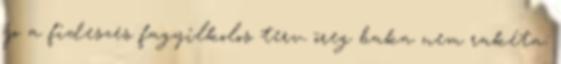
jo a fideszes fagyilkolos terv. öreg baka nem rakéta: